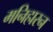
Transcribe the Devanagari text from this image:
मनिहारन